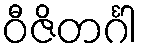
ဝီဇိတင်္ဂါ